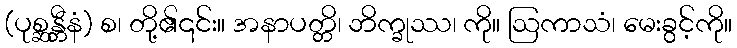
(ပုစ္ဆန္တီနံ) စ၊ တို့၏၎င်း။ အနာပတ္တိ၊ ဘိက္ခုဿ၊ ကို။ ဩကာသံ၊ မေးခွင့်ကို။